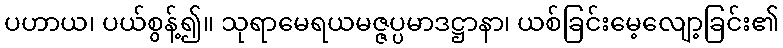
ပဟာယ၊ ပယ်စွန့်၍။ သုရာမေရယမဇ္ဇပ္ပမာဒဋ္ဌာနာ၊ ယစ်ခြင်းမေ့လျော့ခြင်း၏